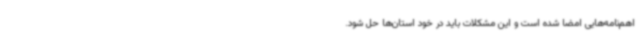
اهم‌نامه‌هایی امضا شده است و این مشکلات باید در خود استان‌ها حل شود.